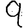
Digit: 9